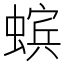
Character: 𧏖